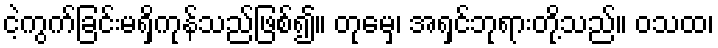
ငဲ့ကွက်ခြင်းမရှိကုန်သည်ဖြစ်၍။ တုမှေ၊ အရှင်ဘုရားတို့သည်။ ဝသထ၊